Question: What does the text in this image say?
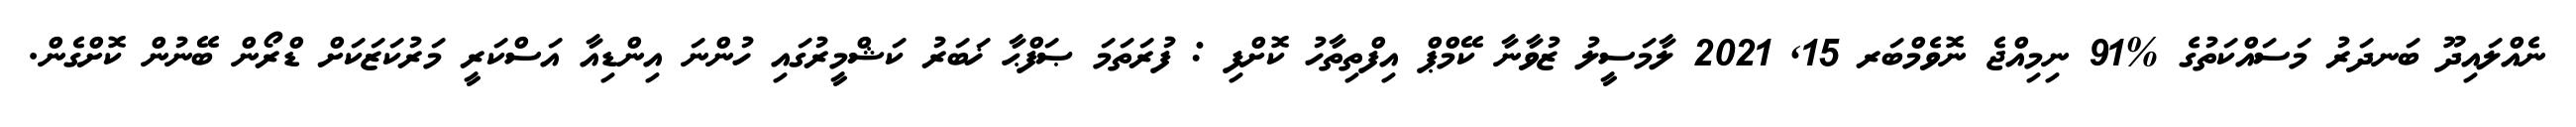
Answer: ނެއްލައިދޫ ބަނދަރު މަސައްކަތުގެ %91 ނިމިއްޖެ ނޮވެމްބަރ 15, 2021 ލާމަސީލު ޒުވާނާ ކޭމްޕް އިފްތިތާހު ކޮށްފި : ފުރަތަމަ ޞަފްޙާ ޚަބަރު ކަޝްމީރުގައި ހުންނަ އިންޑިއާ އަސްކަރީ މަރުކަޒަކަށް ޑްރޯން ބޭނުން ކޮށްގެން.